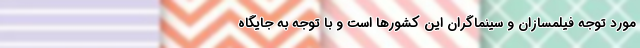
مورد توجه فیلمسازان و سینماگران این کشورها است و با توجه به جایگاه